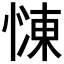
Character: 𢟞